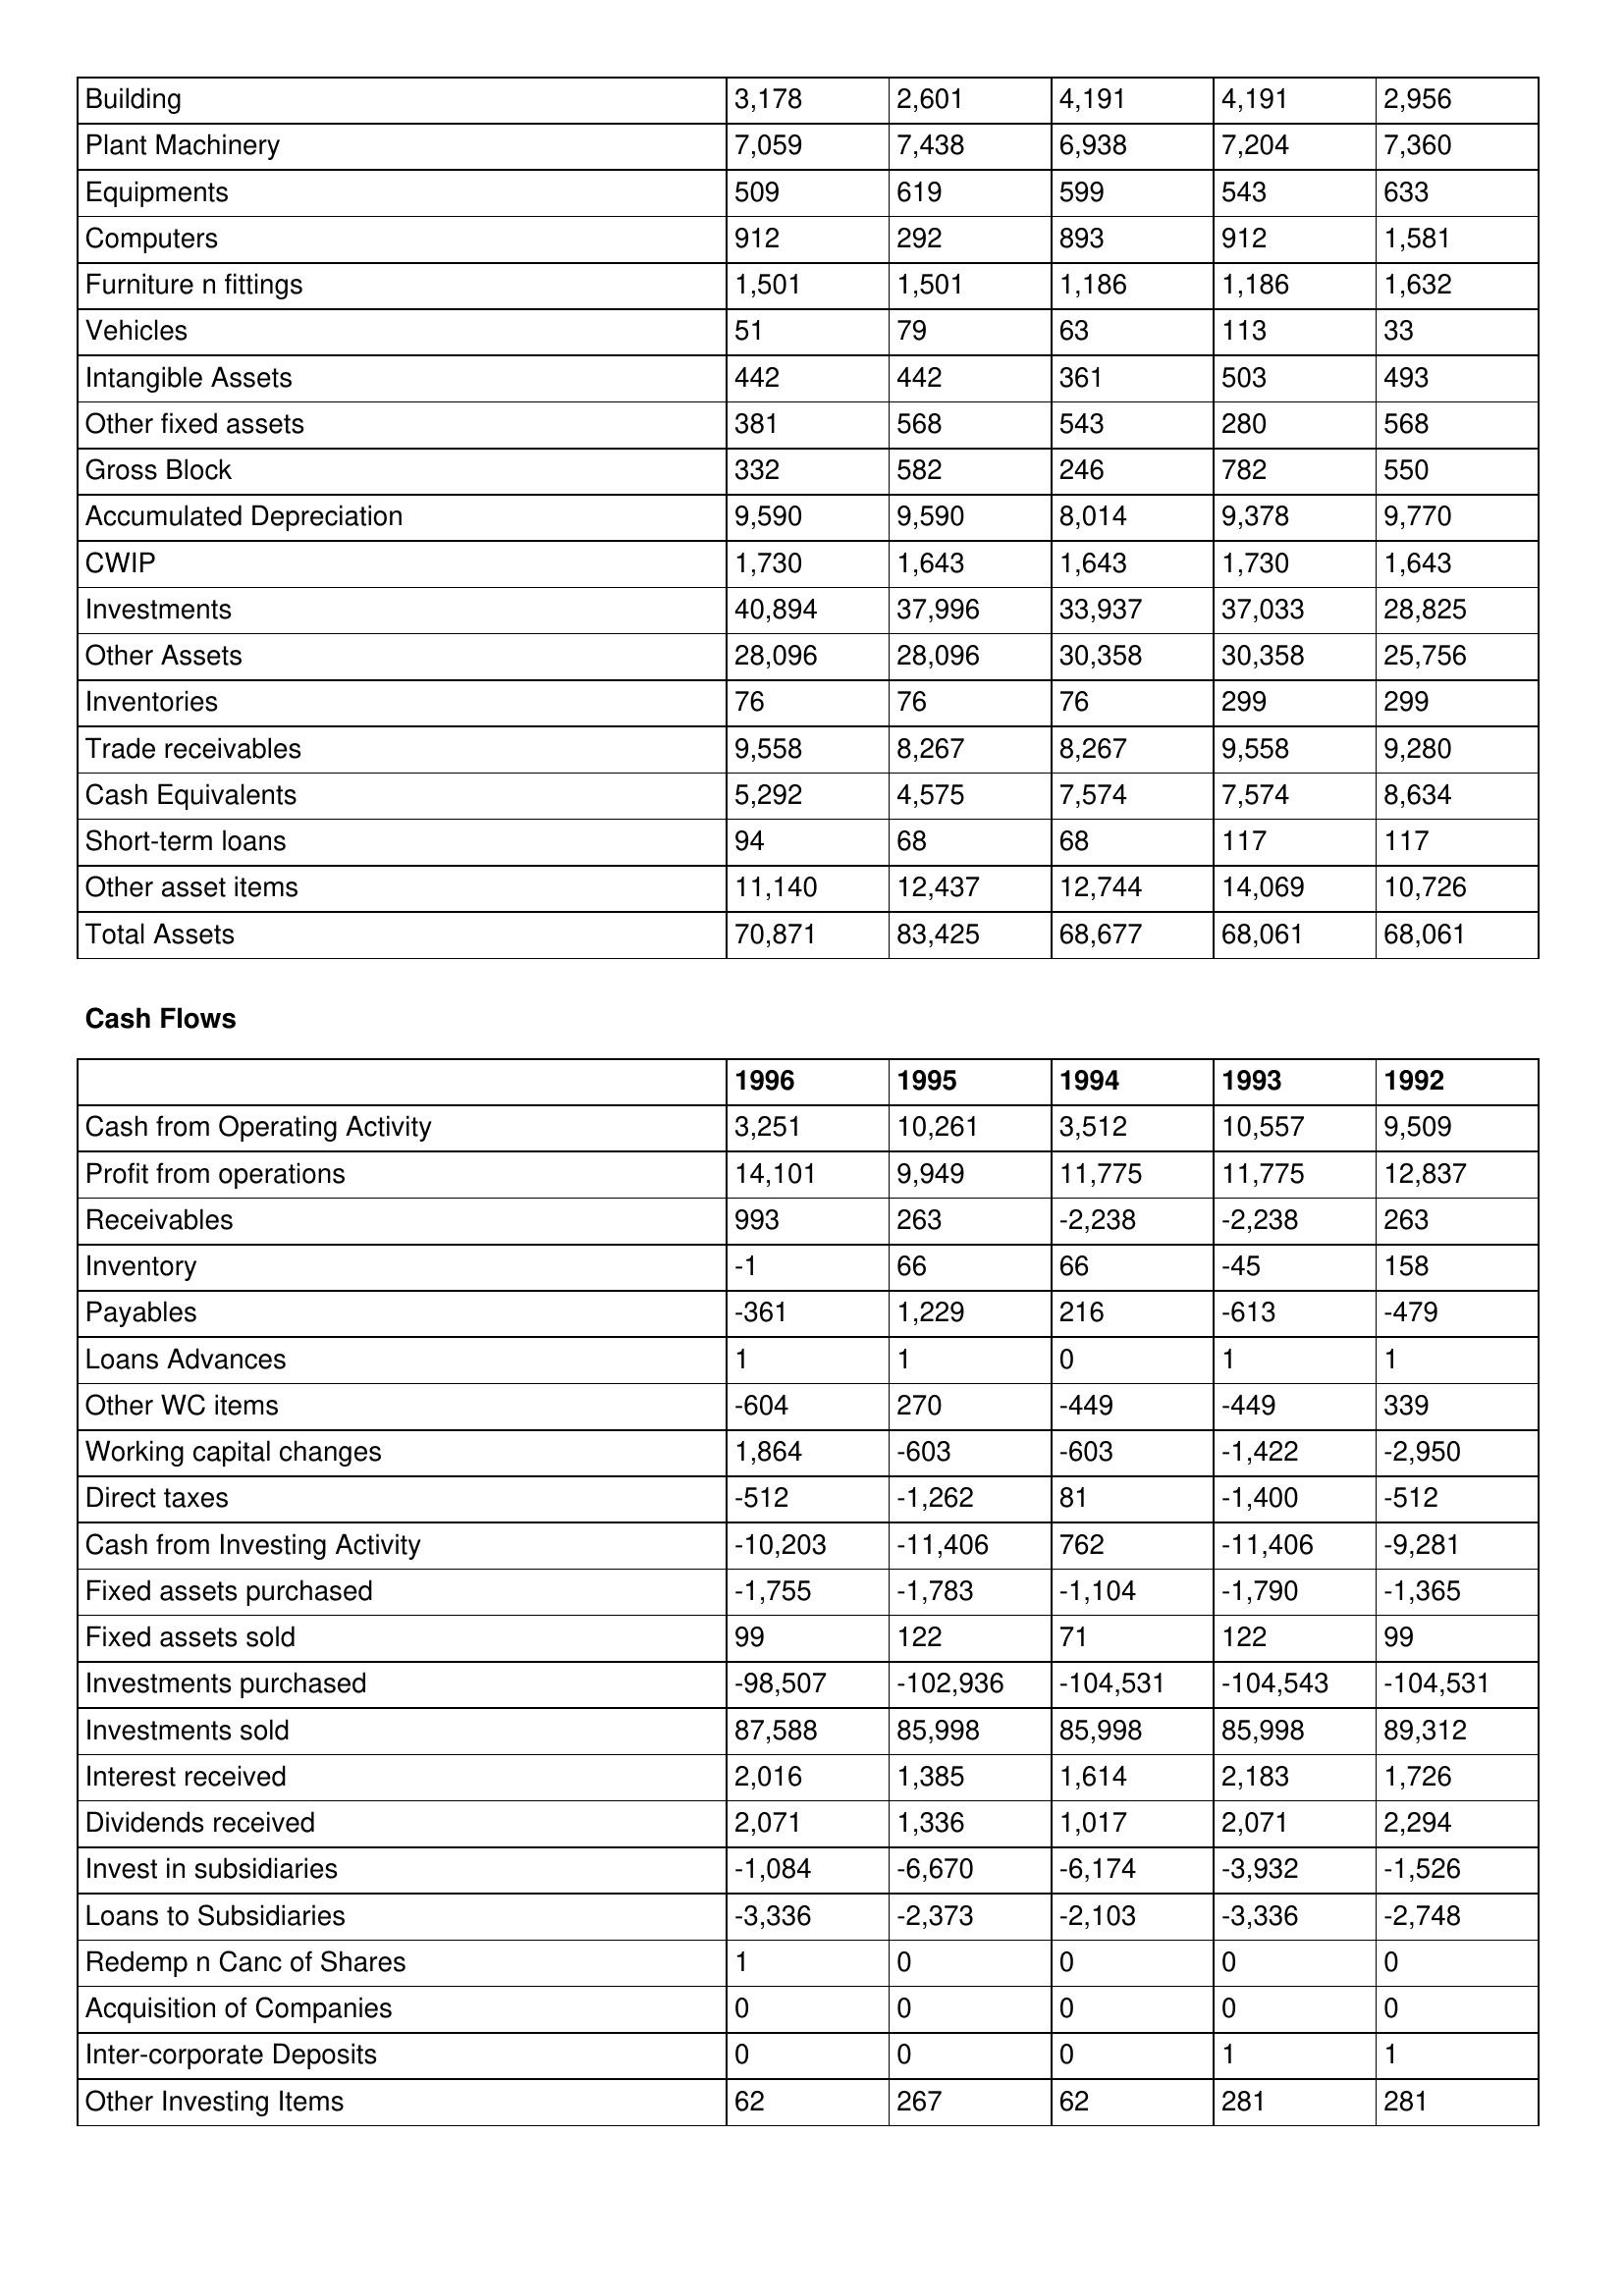
gt_parse: 1996: Balance Sheet: Building: 3,178
Plant Machinery: 7,059
Equipments: 509
Computers: 912
Furniture n fittings: 1,501
Vehicles: 51
Intangible Assets: 442
Other fixed assets: 381
Gross Block: 332
Accumulated Depreciation: 9,590
CWIP: 1,730
Investments: 40,894
Other Assets: 28,096
Inventories: 76
Trade receivables: 9,558
Cash Equivalents: 5,292
Short-term loans: 94
Other asset items: 11,140
Total Assets: 70,871
Cash Flows: Cash from Operating Activity: 3,251
Profit from operations: 14,101
Receivables: 993
Inventory: -1
Payables: -361
Loans Advances: 1
Other WC items: -604
Working capital changes: 1,864
Direct taxes: -512
Cash from Investing Activity: -10,203
Fixed assets purchased: -1,755
Fixed assets sold: 99
Investments purchased: -98,507
Investments sold: 87,588
Interest received: 2,016
Dividends received: 2,071
Invest in subsidiaries: -1,084
Loans to Subsidiaries: -3,336
Redemp n Canc of Shares: 1
Acquisition of Companies: 0
Inter-corporate Deposits: 0
Other Investing Items: 62
1995: Balance Sheet: Building: 2,601
Plant Machinery: 7,438
Equipments: 619
Computers: 292
Furniture n fittings: 1,501
Vehicles: 79
Intangible Assets: 442
Other fixed assets: 568
Gross Block: 582
Accumulated Depreciation: 9,590
CWIP: 1,643
Investments: 37,996
Other Assets: 28,096
Inventories: 76
Trade receivables: 8,267
Cash Equivalents: 4,575
Short-term loans: 68
Other asset items: 12,437
Total Assets: 83,425
Cash Flows: Cash from Operating Activity: 10,261
Profit from operations: 9,949
Receivables: 263
Inventory: 66
Payables: 1,229
Loans Advances: 1
Other WC items: 270
Working capital changes: -603
Direct taxes: -1,262
Cash from Investing Activity: -11,406
Fixed assets purchased: -1,783
Fixed assets sold: 122
Investments purchased: -102,936
Investments sold: 85,998
Interest received: 1,385
Dividends received: 1,336
Invest in subsidiaries: -6,670
Loans to Subsidiaries: -2,373
Redemp n Canc of Shares: 0
Acquisition of Companies: 0
Inter-corporate Deposits: 0
Other Investing Items: 267
1994: Balance Sheet: Building: 4,191
Plant Machinery: 6,938
Equipments: 599
Computers: 893
Furniture n fittings: 1,186
Vehicles: 63
Intangible Assets: 361
Other fixed assets: 543
Gross Block: 246
Accumulated Depreciation: 8,014
CWIP: 1,643
Investments: 33,937
Other Assets: 30,358
Inventories: 76
Trade receivables: 8,267
Cash Equivalents: 7,574
Short-term loans: 68
Other asset items: 12,744
Total Assets: 68,677
Cash Flows: Cash from Operating Activity: 3,512
Profit from operations: 11,775
Receivables: -2,238
Inventory: 66
Payables: 216
Loans Advances: 0
Other WC items: -449
Working capital changes: -603
Direct taxes: 81
Cash from Investing Activity: 762
Fixed assets purchased: -1,104
Fixed assets sold: 71
Investments purchased: -104,531
Investments sold: 85,998
Interest received: 1,614
Dividends received: 1,017
Invest in subsidiaries: -6,174
Loans to Subsidiaries: -2,103
Redemp n Canc of Shares: 0
Acquisition of Companies: 0
Inter-corporate Deposits: 0
Other Investing Items: 62
1993: Balance Sheet: Building: 4,191
Plant Machinery: 7,204
Equipments: 543
Computers: 912
Furniture n fittings: 1,186
Vehicles: 113
Intangible Assets: 503
Other fixed assets: 280
Gross Block: 782
Accumulated Depreciation: 9,378
CWIP: 1,730
Investments: 37,033
Other Assets: 30,358
Inventories: 299
Trade receivables: 9,558
Cash Equivalents: 7,574
Short-term loans: 117
Other asset items: 14,069
Total Assets: 68,061
Cash Flows: Cash from Operating Activity: 10,557
Profit from operations: 11,775
Receivables: -2,238
Inventory: -45
Payables: -613
Loans Advances: 1
Other WC items: -449
Working capital changes: -1,422
Direct taxes: -1,400
Cash from Investing Activity: -11,406
Fixed assets purchased: -1,790
Fixed assets sold: 122
Investments purchased: -104,543
Investments sold: 85,998
Interest received: 2,183
Dividends received: 2,071
Invest in subsidiaries: -3,932
Loans to Subsidiaries: -3,336
Redemp n Canc of Shares: 0
Acquisition of Companies: 0
Inter-corporate Deposits: 1
Other Investing Items: 281
1992: Balance Sheet: Building: 2,956
Plant Machinery: 7,360
Equipments: 633
Computers: 1,581
Furniture n fittings: 1,632
Vehicles: 33
Intangible Assets: 493
Other fixed assets: 568
Gross Block: 550
Accumulated Depreciation: 9,770
CWIP: 1,643
Investments: 28,825
Other Assets: 25,756
Inventories: 299
Trade receivables: 9,280
Cash Equivalents: 8,634
Short-term loans: 117
Other asset items: 10,726
Total Assets: 68,061
Cash Flows: Cash from Operating Activity: 9,509
Profit from operations: 12,837
Receivables: 263
Inventory: 158
Payables: -479
Loans Advances: 1
Other WC items: 339
Working capital changes: -2,950
Direct taxes: -512
Cash from Investing Activity: -9,281
Fixed assets purchased: -1,365
Fixed assets sold: 99
Investments purchased: -104,531
Investments sold: 89,312
Interest received: 1,726
Dividends received: 2,294
Invest in subsidiaries: -1,526
Loans to Subsidiaries: -2,748
Redemp n Canc of Shares: 0
Acquisition of Companies: 0
Inter-corporate Deposits: 1
Other Investing Items: 281